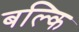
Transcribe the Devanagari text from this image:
बल्कि